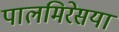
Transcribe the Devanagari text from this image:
पालमिरेसया